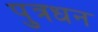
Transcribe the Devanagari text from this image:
पुत्रधन